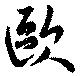
歐